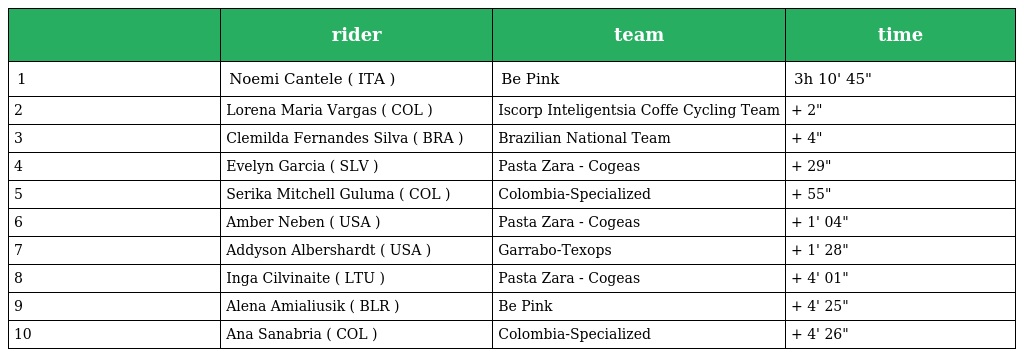
|  | rider | team | time |
 | --- | --- | --- | --- |
 | 1 | Noemi Cantele ( ITA ) | Be Pink | 3h 10' 45" |
 | 2 | Lorena Maria Vargas ( COL ) | Iscorp Inteligentsia Coffe Cycling Team | + 2" |
 | 3 | Clemilda Fernandes Silva ( BRA ) | Brazilian National Team | + 4" |
 | 4 | Evelyn Garcia ( SLV ) | Pasta Zara - Cogeas | + 29" |
 | 5 | Serika Mitchell Guluma ( COL ) | Colombia-Specialized | + 55" |
 | 6 | Amber Neben ( USA ) | Pasta Zara - Cogeas | + 1' 04" |
 | 7 | Addyson Albershardt ( USA ) | Garrabo-Texops | + 1' 28" |
 | 8 | Inga Cilvinaite ( LTU ) | Pasta Zara - Cogeas | + 4' 01" |
 | 9 | Alena Amialiusik ( BLR ) | Be Pink | + 4' 25" |
 | 10 | Ana Sanabria ( COL ) | Colombia-Specialized | + 4' 26" |